Leaving Certificate, 1898
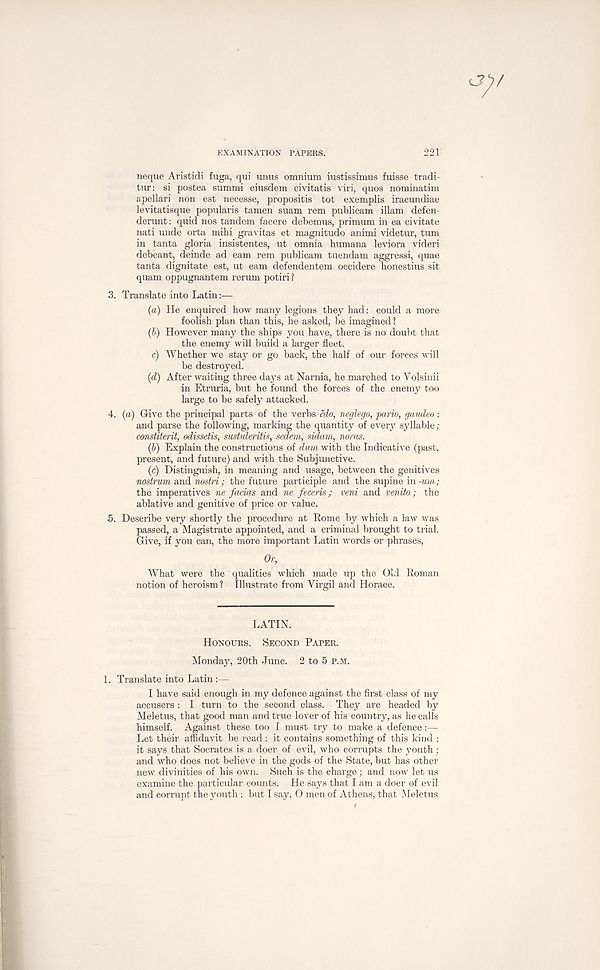
EXAMINATION PAPERS.
221
neque Ariatidi fuga, qui unus omnium iustissimus fuisse tradi-
tur: si postea summi eiusdem civitatis viri, quos nominatim
apellari non eat necesse, propositis tot exemplis iracundiae
levitatisque popularis tamen suam rem publicam illam defen-
derunt: quid nos tandem facere debemus, primum in ea civitate
nati unde orta mihi gravitas et magnitude animi videtur, turn
in tanta gloria insistentes, ut omnia humana leviora videri
debeant, deinde ad earn rem publicam tuendam aggressi, quae
tanta dignitate est, ut earn defendentem occidere honestius sit
quam oppugnantem rerum potiri ?
3. Translate into Latin:—
(a) He enquired how many legions they had: could a more
foolish plan than this, he asked, be imagined!
(6) However many the ships you have, there is no doubt that
the enemy will build a larger fleet,
c) Whether we stay or go back, the half of our forces will
be destroyed.
(d) After waiting three days at Narnia, he marched to Yolsinii
in Etruria, but he found the forces of the enemy too
large to be safely attacked.
4. (a) Give the principal parts of the verbs edo, neglego, pario, gaudeo:
and parse the following, marking the quantity of every syllable;
constiterit, odissetis, sustuleritis, sedem, sidam, noras.
(b) Explain the constructions of dim with the Indicative (past,
present, and future) and with the Subjunctive.
(c) Distinguish, in meaning and usage, between the genitives
nostrum and nostri; the future participle and the supine in -urn ;
the imperatives ne facias and ne feceris; veni and venito; the
ablative and genitive of price or value.
5. Describe very shortly the procedure at Rome by which a law was
passed, a Magistrate appointed, and a criminal brought to trial.
Give, if you can, the more important Latin words or phrases,
Or,
What were the qualities which made up the Old Roman
notion of heroism? Illustrate from Virgil and Horace.
LATIN.
HONOURS.
SECOND PAPER.
Monday, 20th June. 2 to 5 P.M.
1. Translate into Latin:—
I have said enough in my defence against the first class of my
accusers : I turn to the second class. They are headed by
Meletus, that good man and true lover of his country, as he calls
himself. Against these too I must try to make a defence:—
Let their affidavit be read : it contains something of this kind :
it says that Socrates is a doer of evil, who corrupts the youth;
and who does not believe in the gods of the State, but has other
new divinities of his own. Such is the charge ; and now let us
examine the particular counts. He says that I am a doer of evil
and corrupt the youth : but I say, 0 men of Athens, that Meletus